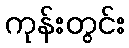
ကုန်းတွင်း